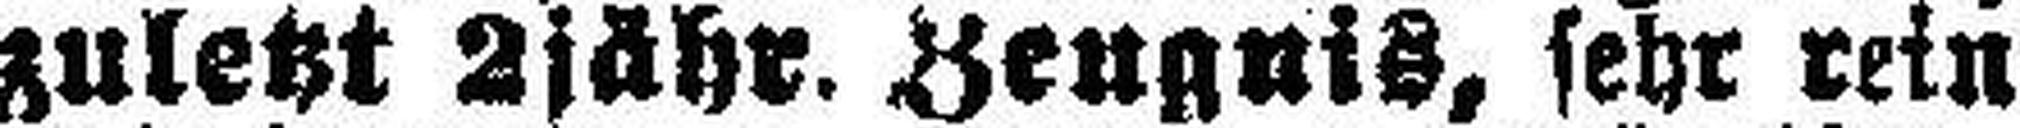
zuletzt 2jähr. Zeugnis, sehr rein